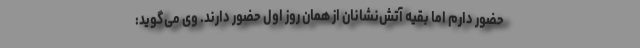
حضور دارم اما بقیه آتش‌نشانان از همان روز اول حضور دارند. وی می‌گوید: